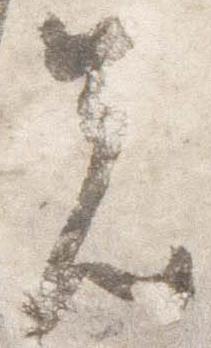
先